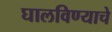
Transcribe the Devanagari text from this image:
घालविण्याचे